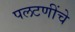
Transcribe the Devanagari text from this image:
पलटणींचे